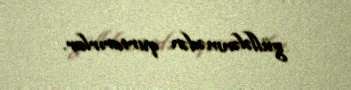
güllələnmədən qurtarırlar.